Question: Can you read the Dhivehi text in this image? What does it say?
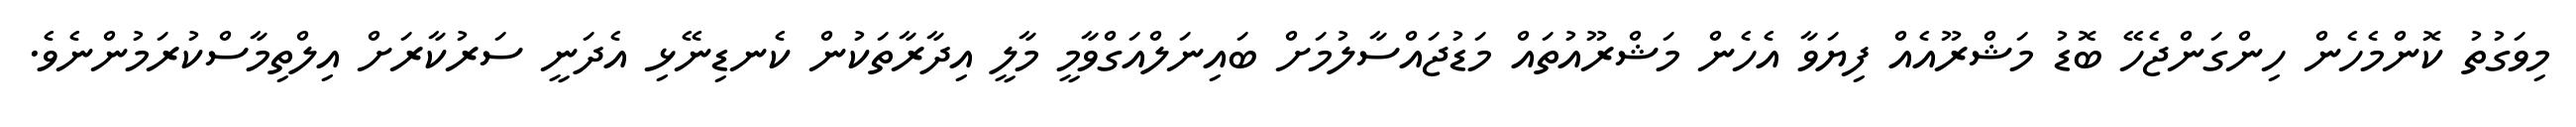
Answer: މިވަގުތު ކޮންމެހެން ހިންގަންޖެހޭ ބޮޑު މަޝްރޫއެއް ފިޔަވާ އެހެން މަޝްރޫއުތައް މަޑުޖައްސާލުމަށް ބައިނަލްއަގްވާމީ މާލީ އިދާރާތަކުން ކެނޑިނޭޅި އެދަނީ ސަރުކާރަށް އިލްތިމާސްކުރަމުންނެވެ.